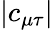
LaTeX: |c_{\mu\tau}|